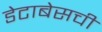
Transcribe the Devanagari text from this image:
डेटाबेसची